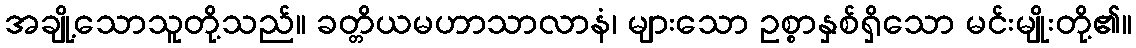
အချို့သောသူတို့သည်။ ခတ္တိယမဟာသာလာနံ၊ များသော ဥစ္စာနှစ်ရှိသော မင်းမျိုးတို့၏။